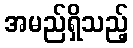
အမည်ရှိသည့်